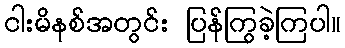
ငါးမိနစ်အတွင်း ပြန်ကြွခဲ့ကြပါ။